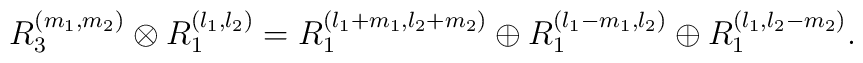
R^{(m_1,m_2)}_3 \otimes R^{(l_1,l_2)}_1= R^{(l_1+m_1,l_2+m_2)}_1\oplus R^{(l_1-m_1,l_2)}_1\oplus R^{(l_1,l_2-m_2)}_1.